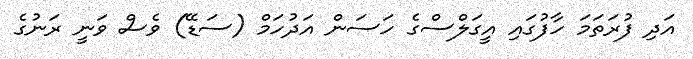
އަދި ފުރަތަމަ ހާފުގައި އީގަލްސްގެ ހަސަން އަދުހަމް (ސަޑޭ) ވެސް ވަނީ ރަނުގެ